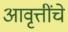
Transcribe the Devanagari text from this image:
आवृत्तींचे